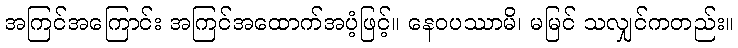
အကြင်အကြောင်း အကြင်အထောက်အပံ့ဖြင့်။ နေဝပဿာမိ၊ မမြင် သလျှင်ကတည်း။